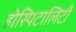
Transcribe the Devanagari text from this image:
होस्पिटालिटी